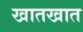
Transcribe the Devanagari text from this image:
खातखात